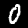
Label: 0